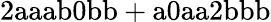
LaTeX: \mathrm{2aaab0bb+a0aa2bbb}